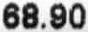
68.90